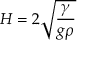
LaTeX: H = 2 { \sqrt { \frac { \gamma } { g \rho } } }